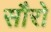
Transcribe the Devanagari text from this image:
सौरो